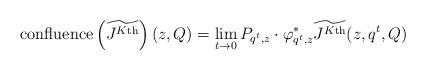
LaTeX: \begin{align*} \textnormal{confluence}\left(\widetilde{J^{K\textnormal{th}}}\right)(z,Q) = \lim_{t \to 0} P_{q^t,z} \cdot \varphi_{q^t,z}^* \widetilde{J^{K\textnormal{th}}}(z,q^t,Q) \end{align*}